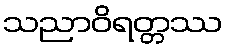
သညာဝိရတ္တဿ